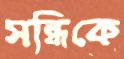
সন্ধিকে